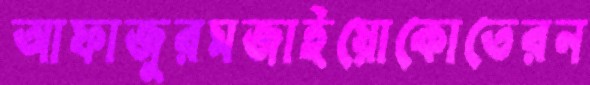
আফাজুরমজাইয়োকোতেরন